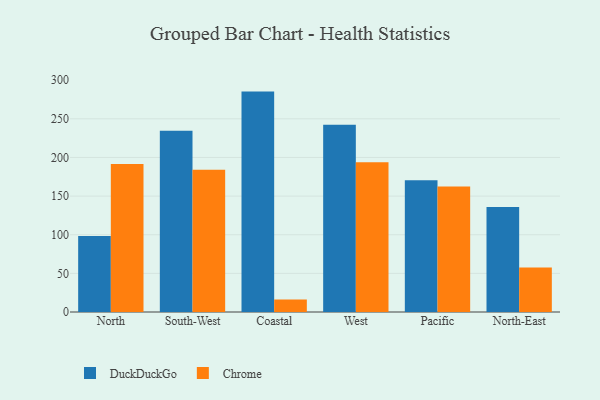
{"axis": {"x": "Region", "y": "Page Views"}, "legend": ["Chrome", "DuckDuckGo"], "data": [{"x": "North", "y": 98.5, "type": "DuckDuckGo"}, {"x": "North", "y": 191.6, "type": "Chrome"}, {"x": "South-West", "y": 234.5, "type": "DuckDuckGo"}, {"x": "South-West", "y": 184.1, "type": "Chrome"}, {"x": "Coastal", "y": 285.2, "type": "DuckDuckGo"}, {"x": "Coastal", "y": 16.2, "type": "Chrome"}, {"x": "West", "y": 242.3, "type": "DuckDuckGo"}, {"x": "West", "y": 193.8, "type": "Chrome"}, {"x": "Pacific", "y": 170.6, "type": "DuckDuckGo"}, {"x": "Pacific", "y": 162.5, "type": "Chrome"}, {"x": "North-East", "y": 136.0, "type": "DuckDuckGo"}, {"x": "North-East", "y": 57.7, "type": "Chrome"}]}